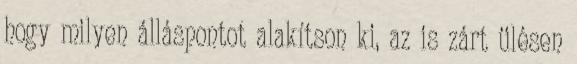
hogy milyen álláspontot alakítson ki, az is zárt ülésen